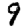
Digit: 9